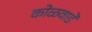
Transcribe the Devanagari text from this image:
कोळवाडे